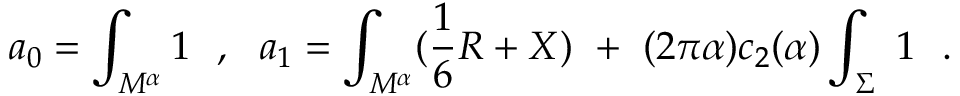
a _ { 0 } = \int _ { M ^ { \alpha } } 1 ~ ~ , ~ ~ a _ { 1 } = \int _ { M ^ { \alpha } } ( { \frac { 1 } { 6 } } R + X ) ~ + ~ ( 2 \pi \alpha ) c _ { 2 } ( \alpha ) \int _ { \Sigma } ~ 1 ~ ~ .